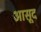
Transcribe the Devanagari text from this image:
आसूद